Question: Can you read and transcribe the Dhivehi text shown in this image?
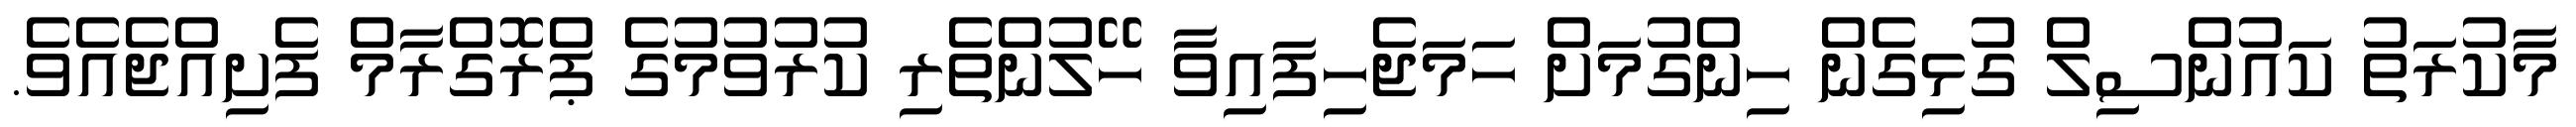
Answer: މާކުރަތު ކައުންސިލް ގުޅިގެން ހިންގުމަށް ހަމަޖެހިފައިވާ ހޭލުންތެރި ކުރުވުމުގެ ޕްރޮގްރާމް ފެށިއްޖެއެވެ.